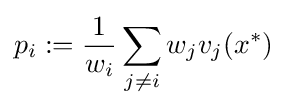
p_{i}:={1 \over w_{i}}\sum _{j\neq i}w_{j}v_{j}(x^{*})